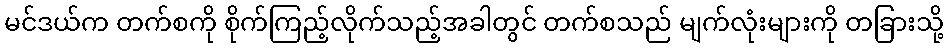
မင်ဒယ်က တက်စကို စိုက်ကြည့်လိုက်သည့်အခါတွင် တက်စသည် မျက်လုံးများကို တခြားသို့